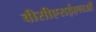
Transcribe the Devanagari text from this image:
वीसीएसईएलओं